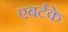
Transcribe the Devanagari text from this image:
एबर्टके